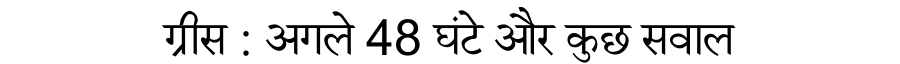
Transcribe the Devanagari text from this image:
ग्रीस : अगले 48 घंटे और कुछ सवाल